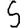
Digit: 5